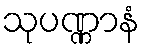
သုပဏ္ဏာနံ